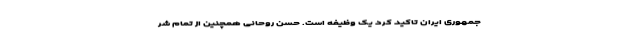
جمهوری ایران تاکید کرد یک وظیفه است. حسن روحانی همچنین از تمام شر